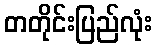
တတိုင်းပြည်လုံး